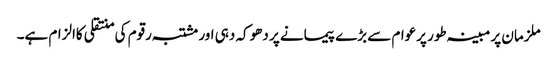
ملزمان پر مبینہ طور پرعوام سے بڑے پیمانے پر دھوکہ دہی اور مشتبہ رقوم کی منتقلی کاالزام ہے۔